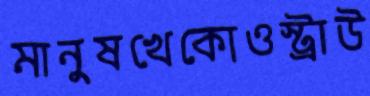
মানুষখেকোওস্ট্রাউ